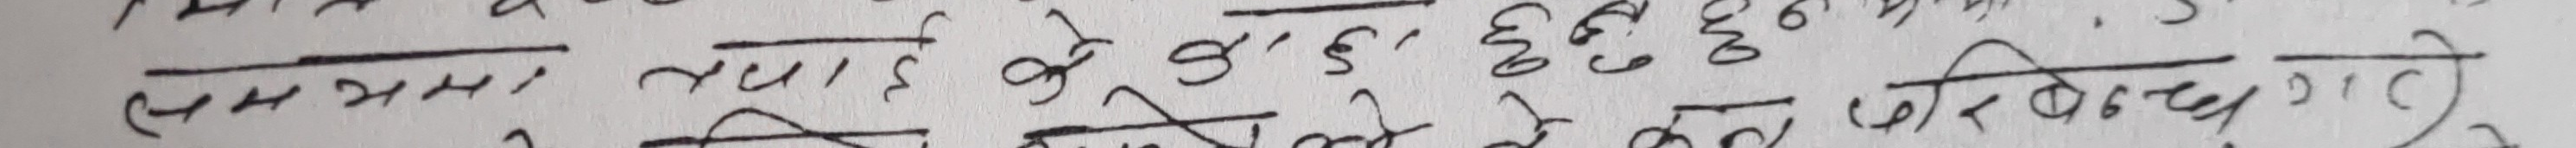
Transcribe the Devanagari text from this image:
मनमा तपाइँ के छ, ६०६० परिबन्दी गरोस्